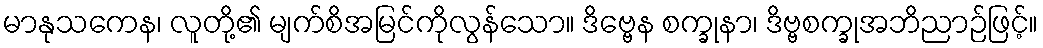
မာနုသကေန၊ လူတို့၏ မျက်စိအမြင်ကိုလွန်သော။ ဒိဗ္ဗေန စက္ခုနာ၊ ဒိဗ္ဗစက္ခုအဘိညာဉ်ဖြင့်။